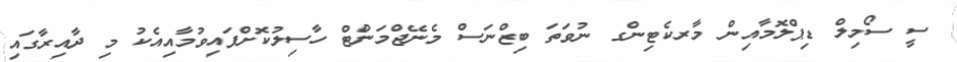
ސީ ސޯމިލް ޑިޕްލޮމާއިން މާރކެޓިންގ ނުވަތަ ބިޒްނަސް މެނޭޖްމަންޓް ހާސިލުކޮށްފައިވުމާއިއެކު މި ދާއިރާގައި